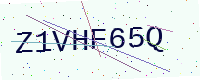
Text: Z1VHF65Q